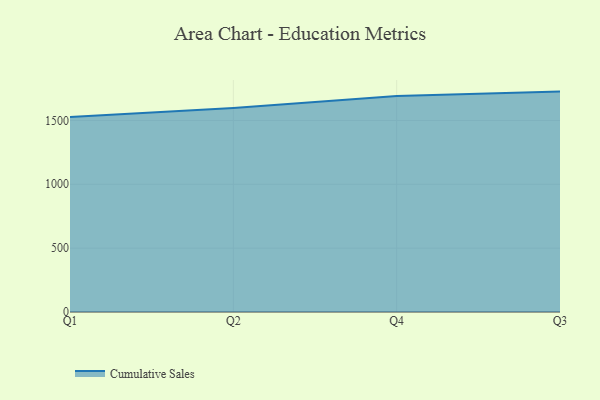
{"axis": {"x": "Quarter", "y": "Energy Usage (MWh)"}, "legend": ["Cumulative Sales"], "data": [{"x": "Q1", "y": 1526.4, "type": "Cumulative Sales"}, {"x": "Q2", "y": 1597.7, "type": "Cumulative Sales"}, {"x": "Q4", "y": 1691.9, "type": "Cumulative Sales"}, {"x": "Q3", "y": 1725.7, "type": "Cumulative Sales"}]}